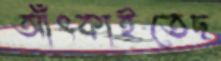
আঁৎকাইতেছ